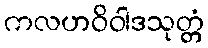
ကလဟဝိဝါဒသုတ္တံ